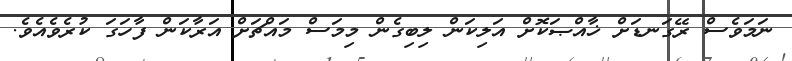
ނަމަވެސް ރޭގަނޑަށް ޚާއްޞަކޮށް އަލިކަން ލިބިގެން މިމަސް މައްޗަށް އަރާކަން ފާހަގަ ކުރެވެއެވެ.